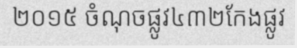
២០១៥ ចំណុចផ្លូវ៤៣២កែងផ្លូវ